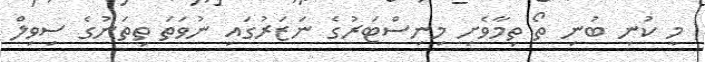
މީ ކުނި ބުނި ތޯ ތިމާވެށި މިނިސްޓަރުގެ ނަޒަރުގައި ނުވަތަ ތިތަނުގެ ސިވިލް